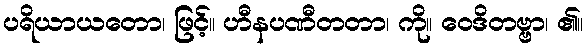
ပရိယာယတော၊ ဖြင့်။ ဟီနပဏီတတာ၊ ကို။ ဝေဒိတဗ္ဗာ၊ ၏။